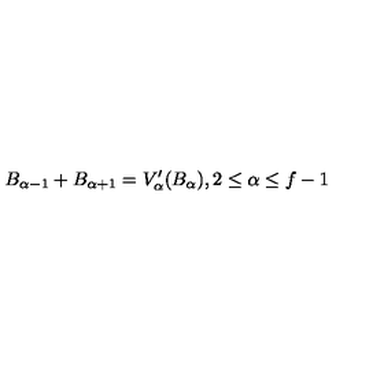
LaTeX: B _ { \alpha - 1 } + B _ { \alpha + 1 } = V _ { \alpha } ^ { \prime } ( B _ { \alpha } ) , 2 \leq \alpha \leq f - 1